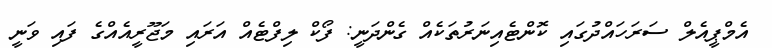
އެމްޕީއެލް ސަރަހައްދުގައި ކޮންޓެއިނަރުތަކެއް ގެންދަނީ: ފޯކް ލިފްޓެއް އަރައި މަޖޫރީއެއްގެ ފައި ވަނީ